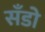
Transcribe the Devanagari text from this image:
सँडो